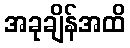
အခုချိန်အထိ